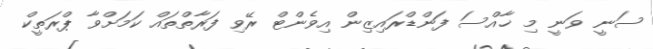
ސަނީ ވަނީ މި ޚާއްސަ ފަންޑްރައިޒިން އިވެންޓް ރޭވި ފަރާތްތައް ކަމަށްވާ ޕްރަތީކް